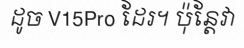
ដូច V15Pro ដែរ។ ប៉ុន្តែវា